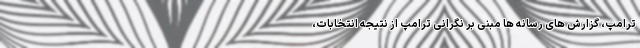
ترامپ، گزارش های رسانه ها مبنی بر نگرانی ترامپ از نتیجه انتخابات،